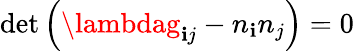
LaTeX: {\operatorname*{det}}\left(\lambdag_{\mathbf{i}j}-n_{\mathbf{i}}n_{j}\right)=0